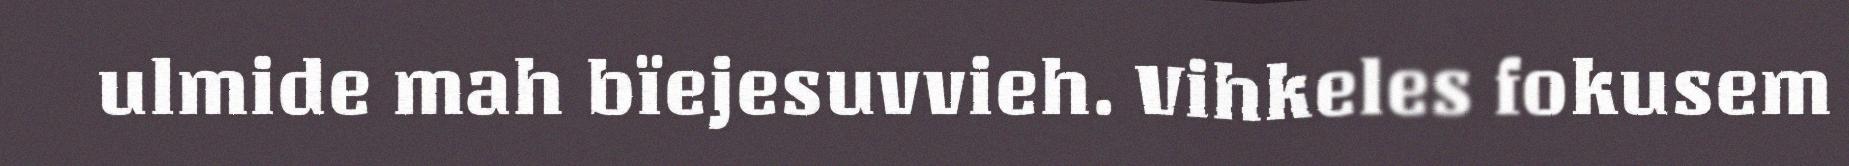
ulmide mah bïejesuvvieh. Vihkeles fokusem